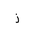
Letter: _zay